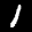
Label: 1